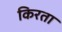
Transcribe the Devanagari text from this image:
किरता